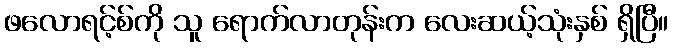
ဖလောရင့်စ်ကို သူ ရောက်လာတုန်းက လေးဆယ့်သုံးနှစ် ရှိပြီ။